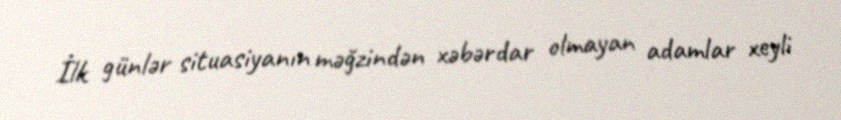
İlk günlər situasiyanın məğzindən xəbərdar olmayan adamlar xeyli